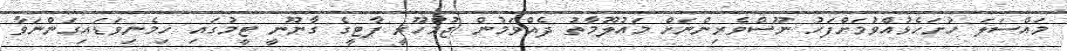
މައްސަލަ ހުށަހެޅުއްވުމަށްފަހު ނޫސްވެރިންނަށް މައުލޫމާތު ދެއްވަމުން ޖުމްހޫރީ ޕާޓީގެ ގާނޫނީ ޓީމުގައި ހިމެނިވަޑައިގަންނަވާ